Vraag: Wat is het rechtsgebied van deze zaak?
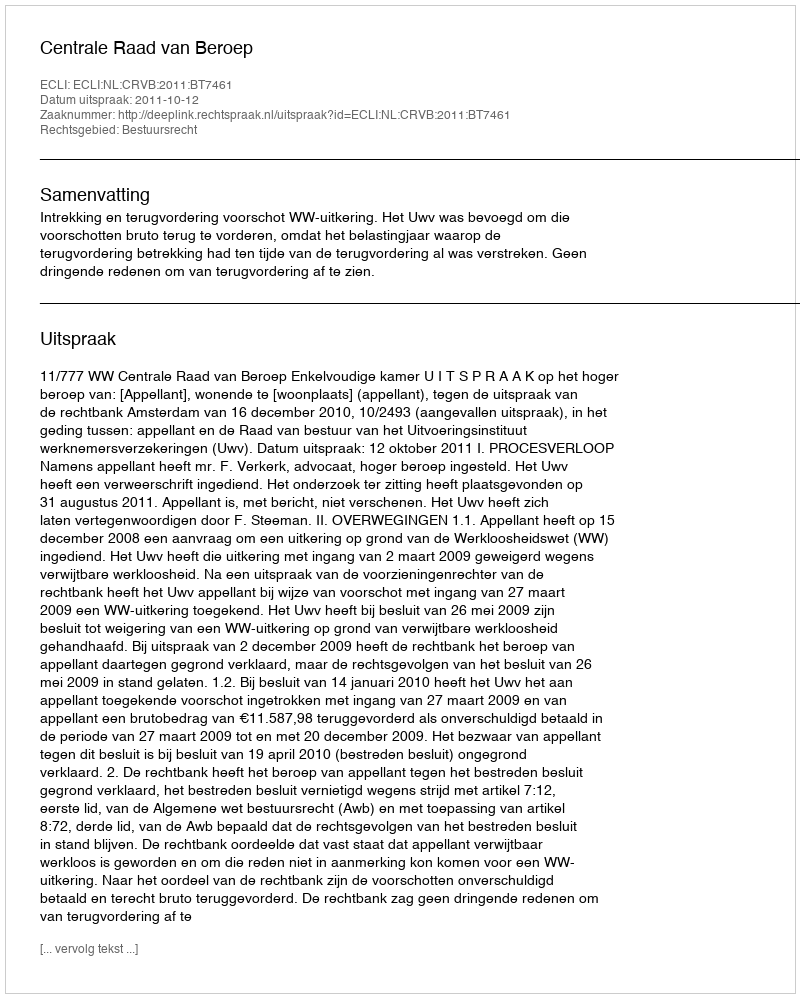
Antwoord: Bestuursrecht